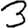
Digit: 3